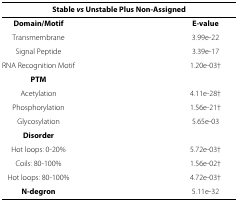
<table><thead><tr><td colspan="2"><b> </b></td></tr><tr><td colspan="2"><b>Stable <i>vs</i> Unstable Plus Non-Assigned</b></td></tr></thead><tbody><tr><td><b>Domain/Motif</b></td><td><b>E-value</b></td></tr><tr><td>Transmembrane</td><td>3.99e-22</td></tr><tr><td>Signal Peptide</td><td>3.39e-17</td></tr><tr><td>RNA Recognition Motif</td><td>1.20e-03‡</td></tr><tr><td><b>PTM</b></td><td> </td></tr><tr><td>Acetylation</td><td>4.11e-28‡</td></tr><tr><td>Phosphorylation</td><td>1.56e-21‡</td></tr><tr><td>Glycosylation</td><td>5.65e-03</td></tr><tr><td><b>Disorder</b></td><td> </td></tr><tr><td>Hot loops: 0-20%</td><td>5.72e-03‡</td></tr><tr><td>Coils: 80-100%</td><td>1.56e-02‡</td></tr><tr><td>Hot loops: 80-100%</td><td>4.72e-03‡</td></tr><tr><td><b>N-degron</b></td><td>5.11e-32</td></tr></tbody></table>